[Report on the health of British troops in the Madras command]
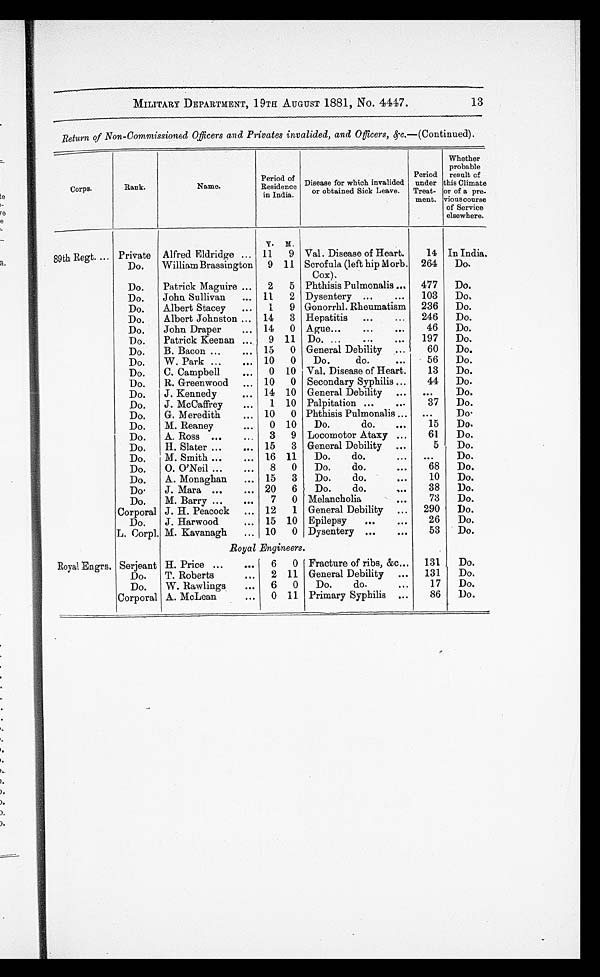
MILITARY DEPARTMENT, 19TH AUGUST 1881, NO. 4447.
13
Return of Non-Commissioned Of f i c e r s a n d P r i v a t e s i n v a l i d e d , a n d O f f i c e r s , ( c . — ( C o n t i n u e d ) .
Corps.
Rank.
Name.
Period of
Residence
in India.
Disease for which invalided
or obtained Sick Leave.
Period
under
Treat-
ment.
Whether
probable
result of
this Climate
or of a pre-
vious course
of Service
elsewhere.
Y. M.
89th Regt. ... Private Alfred Eldridge ... 11
9 Val. Disease of Heart.
14 In India.
Do.
William Brassington
9 11 Scrofula (left hip Morb.
Cox).
264
Do .
Do.
Patrick Maguire ...
2
5 Phthisis Pulmonalis ... 477
Do.
Do.
John Sullivan
... 11
2 Dysentery ...
. . . 103
Do .
Do.
Albert Stacey
...
1
9 Gonorrhl. Rheumatism
236
Do.
Do.
Albert Johnston ... 14
3 Hepatitis
...
...
246
Do.
Do.
John Draper
... 14
0 Ague...
...
. . .
46
Do.
Do.
Patrick Keenan ...
9 11 Do. ...
...
. . .
197
Do.
Do.
B. Bacon ...
... 15
0 General Debility ...
60
Do.
Do.
W. Park ...
. . . 10
0
Do.
do.
...
56
Do.
Do.
C, Campbell
. . . 0 10 Val. Disease of Heart.
13
Do.
Do.
R. Greenwood
... 10
0 Secondary Syphilis ...
44
Do.
Do.
J. Kennedy
.. . 14 10 General Debility ... ...
Do.
Do.
J . McCaffrey
...
1 10 Palpitation ...
. . .
37
Do.
Do.
G. Meredith
. . . 10
0 Phthisis Pulmonalis ...
...
Do .
Do.
M. Reaney
. . . 0 10
Do.
do.
...
15
Do.
Do.
A. Ross ...
...
3
9 Locomotor Ataxy ...
61
Do.
Do.
H. Slater ...
••• 15
3 General Debility
...
5
Do.
Do.
M. Smith ...
••• 16 11
Do.
do.
. . .
. . .
Do.
Do.
O. O'Neil ...
...
8
0
Do.
do.
...
68
Do.
Do.
A. Monaghan
... 15
3
Do.
do.
. . .
10
Do.
Do.
J. Mara ...
. . . 20
6
Do.
do.
,..
38
Do.
Do.
M. Barry ...
...
7
0 Melancholia
. . .
73
Do.
Corporal J. H. Peacock
... 12
1 General Debility
...
290
Do.
Do.
J. Harwood
. . . 15 10 Epilepsy
...
...
26
Do.
L. Corpl. M. Kavanagh
... 10
0 Dysentery ...
•••
53
Do .
Royal Engineers.
Royal Engrs. Serjeant H. Price ...
...
6
0 Fracture of ribs, &c...
131
Do.
Do.
T. Roberts
...
2 11 General Debility
...
131
Do.
Do.
W. Rawlings
...
6
0
Do.
do.
. . .
17
Do .
Corporal
=
A. McLean
...
0 11 Primary Syphilis ...
86
Do.